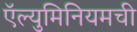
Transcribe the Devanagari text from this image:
ऍल्युमिनियमची